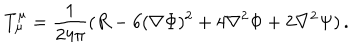
T _ { \mu } ^ { \mu } = \frac { 1 } { 2 4 \pi } ( R - 6 ( \nabla \Phi ) ^ { 2 } + 4 \nabla ^ { 2 } \Phi + 2 \nabla ^ { 2 } \Psi ) \, .